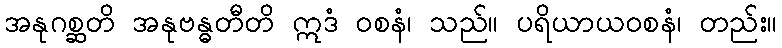
အနုဂစ္ဆတိ အနုဗန္ဓတီတိ ဣဒံ ဝစနံ၊ သည်။ ပရိယာယဝစနံ၊ တည်း။